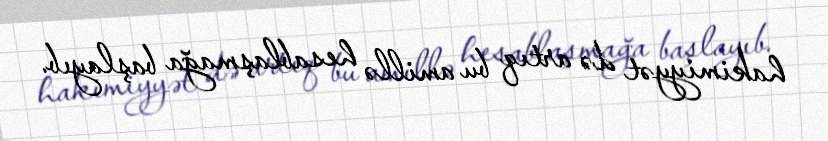
hakimiyyət də artıq bu amillə hesablaşmağa başlayıb.